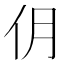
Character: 仴